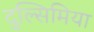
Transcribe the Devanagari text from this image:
दुल्सिमिया